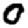
Digit: 0